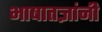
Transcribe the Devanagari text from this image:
भाषातज्ञांनी